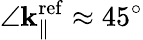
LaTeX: \angle{\mathbf k}_{\parallel}^{\mathrm{ref}}\approx 45^{\circ}